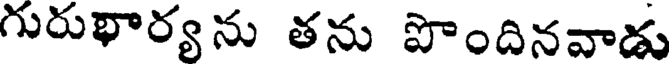
గురుభార్యను తను పొందినవాడు